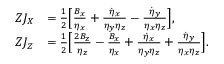
\begin{array} { r l } { Z J _ { X } } & { = \frac { 1 } { 2 } \Bigl [ \frac { B _ { x } } { \eta _ { x } } + \frac { \dot { \eta } _ { x } } { \eta _ { y } \eta _ { z } } - \frac { \dot { \eta } _ { y } } { \eta _ { x } \eta _ { z } } \Bigl ] , } \\ { Z J _ { Z } } & { = \frac { 1 } { 2 } \Bigl [ \frac { 2 B _ { z } } { \eta _ { z } } - \frac { B _ { x } } { \eta _ { x } } + \frac { \dot { \eta } _ { x } } { \eta _ { y } \eta _ { z } } + \frac { \dot { \eta } _ { y } } { \eta _ { x } \eta _ { z } } \Bigl ] . } \end{array}